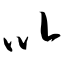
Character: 以